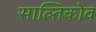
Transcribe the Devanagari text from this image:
साल्तिकोव